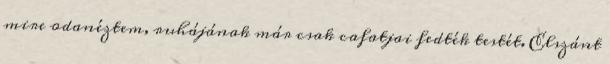
mire odanéztem, ruhájának már csak cafatjai fedték testét. Elszánt